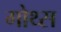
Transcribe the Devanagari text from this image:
गोथ्स